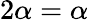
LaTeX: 2\alpha=\alpha